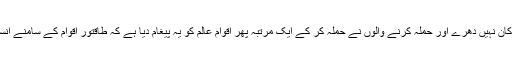
بہر حال ہمیشہ کی طرح اس مرتبہ بھی اقوامِ متحدہ کے واویلے پر کسی نے کان نہیں دھرے اور حملہ کرنے والوں نے حملہ کر کے ایک مرتبہ پھر اقوامِ عالم کو یہ پیغام دیا ہے کہ طاقتور اقوام کے سامنے انسانی حقوق، اقوامِ متحدہ اور انسانی زندگیوں کی کوئی اہمیت و وقعت نہیں ہے۔